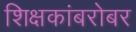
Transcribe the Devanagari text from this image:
शिक्षकांबरोबर